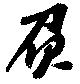
負